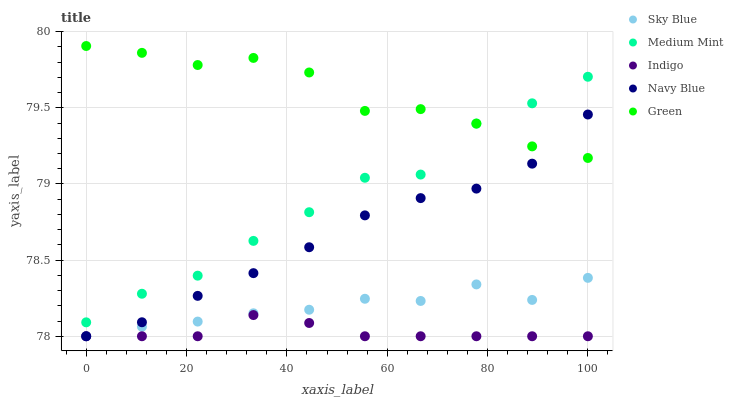
| xaxis_label | Sky Blue | Medium Mint | Indigo | Navy Blue | Green |
 | --- | --- | --- | --- | --- | --- |
 | 0 | 78 | 78.1 | 78 | 78 | 79.9 |
 | 11.1 | 78.1 | 78.3 | 78 | 78.1 | 79.9 |
 | 22.2 | 78.1 | 78.4 | 78 | 78.3 | 79.8 |
 | 33.3 | 78.2 | 78.6 | 78.1 | 78.4 | 79.8 |
 | 44.4 | 78.2 | 78.8 | 78.1 | 78.6 | 79.7 |
 | 55.6 | 78.2 | 79 | 78 | 78.8 | 79.5 |
 | 66.7 | 78.2 | 79.1 | 78 | 78.9 | 79.5 |
 | 77.8 | 78.3 | 79.4 | 78 | 79 | 79.4 |
 | 88.9 | 78.2 | 79.5 | 78 | 79.1 | 79.2 |
 | 100 | 78.4 | 79.7 | 78 | 79.5 | 79.2 |